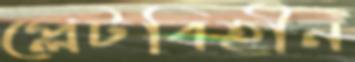
প্লেটবিহীন